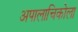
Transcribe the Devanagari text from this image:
अपालाचिकोला